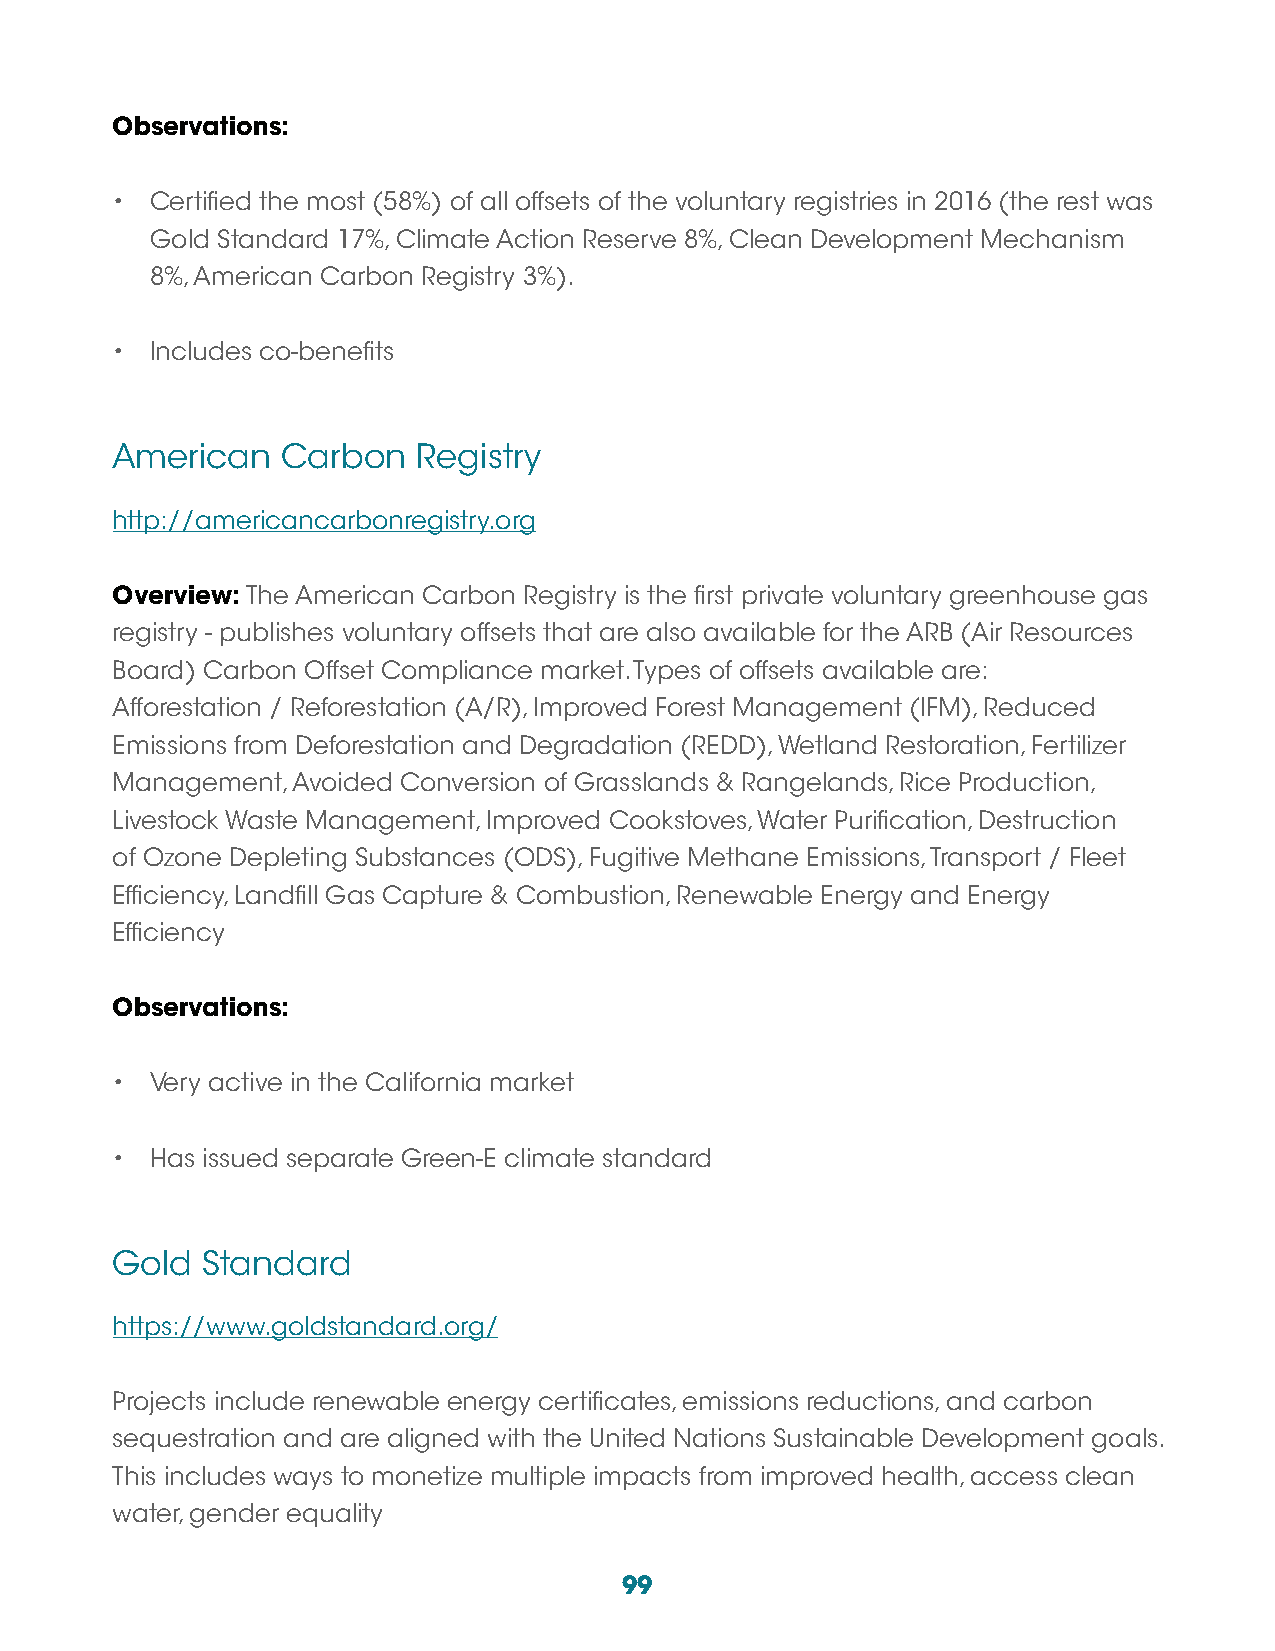
Observations:
 •  Certified the most (58%) of all offsets of the voluntary registries in 2016 (the rest was
 Gold Standard 17%, Climate Action Reserve 8%, Clean Development Mechanism
 8%, American Carbon Registry 3%).
 •  Includes co-benefits
 American    Carbon   Registry
 http://americancarbonregistry.org
 Overview: The American Carbon Registry is the first private voluntary greenhouse gas
 registry - publishes voluntary offsets that are also available for the ARB (Air Resources
 Board) Carbon Offset Compliance market. Types of offsets available are:
 Afforestation / Reforestation (A/R), Improved Forest Management (IFM), Reduced
 Emissions from Deforestation and Degradation (REDD), Wetland Restoration, Fertilizer
 Management, Avoided Conversion of Grasslands & Rangelands, Rice Production,
 Livestock Waste Management, Improved Cookstoves, Water Purification, Destruction
 of Ozone Depleting Substances (ODS), Fugitive Methane Emissions, Transport / Fleet
 Efficiency, Landfill Gas Capture & Combustion, Renewable Energy and Energy
 Efficiency
 Observations:
 •  Very active in the California market
 •  Has issued separate Green-E climate standard
 Gold  Standard
 https://www.goldstandard.org/
 Projects include renewable energy certificates, emissions reductions, and carbon
 sequestration and are aligned with the United Nations Sustainable Development goals.
 This includes ways to monetize multiple impacts from improved health, access clean
 water, gender equality
 99